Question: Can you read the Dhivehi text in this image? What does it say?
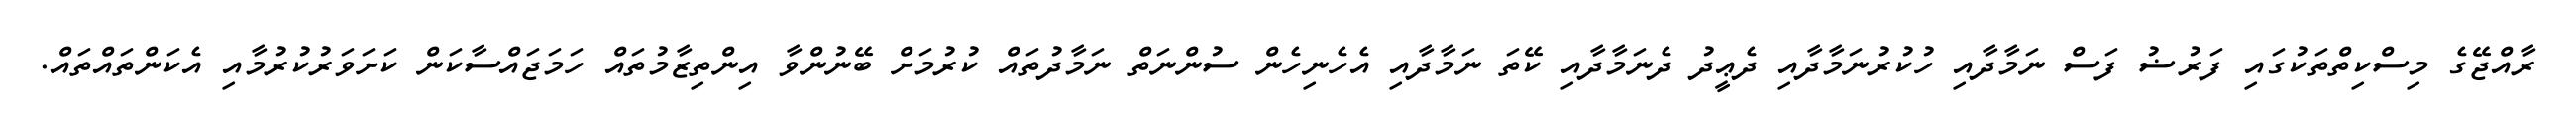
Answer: ރާއްޖޭގެ މިސްކިތްތަކުގައި ފަރުޟު ފަސް ނަމާދާއި ހުކުރުނަމާދާއި ދެޢީދު ދެނަމާދާއި ކޭތަ ނަމާދާއި އެހެނިހެން ސުންނަތް ނަމާދުތައް ކުރުމަށް ބޭނުންވާ އިންތިޒާމުތައް ހަމަޖައްސާކަން ކަށަވަރުކުރުމާއި އެކަންތައްތައް.